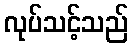
လုပ်သင့်သည်